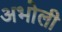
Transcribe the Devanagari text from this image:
अभोली